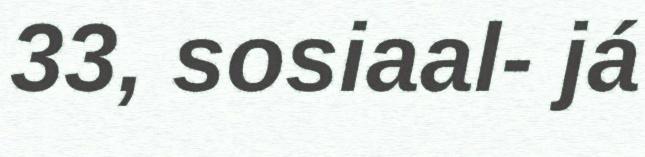
33, sosiaal- já